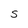
Character: S